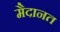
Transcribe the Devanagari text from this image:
मैदानत